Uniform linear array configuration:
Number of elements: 16
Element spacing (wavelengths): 0.5
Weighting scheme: binomial
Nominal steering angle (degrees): -45
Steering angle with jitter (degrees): -43.919
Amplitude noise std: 0.05
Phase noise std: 0.05

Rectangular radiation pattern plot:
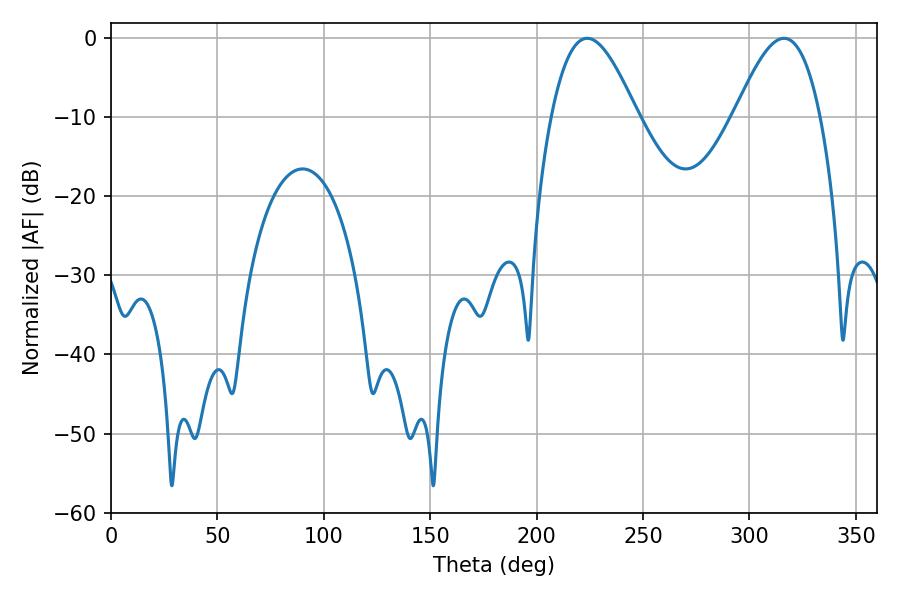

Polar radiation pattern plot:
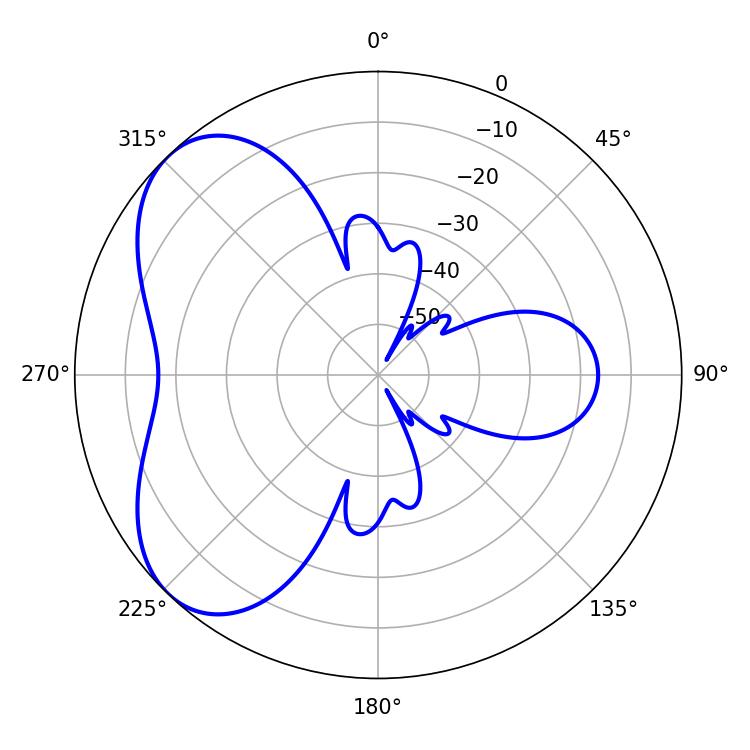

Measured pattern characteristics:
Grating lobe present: FALSE
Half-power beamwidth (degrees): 21.6
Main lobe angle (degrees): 223.74